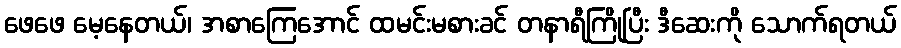
ဖေဖေ မေ့နေတယ်၊ အစာကြေအောင် ထမင်းမစားခင် တနာရီကြိုပြီး ဒီဆေးကို သောက်ရတယ်